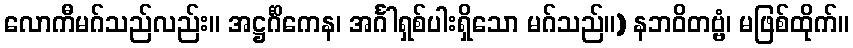
လောကီမဂ်သည်လည်း။ အဋ္ဌင်္ဂိကေန၊ အင်္ဂါရှစ်ပါးရှိသော မဂ်သည်။) နဘဝိတဗ္ဗံ၊ မဖြစ်ထိုက်။